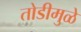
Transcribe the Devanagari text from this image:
तोडीमुळे